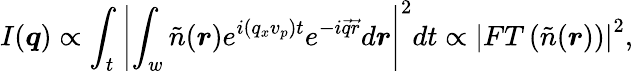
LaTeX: I(\boldsymbol{q})\propto\int_{t}\left|\int_{w}\tilde{n}(\boldsymbol{r})e^{i(q_{x}v_{p})t}e^{-i\vec{q}\vec{r}}d\boldsymbol{r}\right|^{2}dt\propto\left|FT\left(\tilde{n}(\boldsymbol{r})\right)\right|^{2},